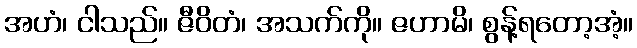
အဟံ၊ ငါသည်။ ဇီဝိတံ၊ အသက်ကို။ ဇဟာမိ၊ စွန့်ရတော့အံ့။